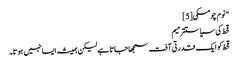
"نوم چومسکی[5]
قحط کی سیاستترمیم
قحط کو ایک قدرتی آفت سمجھا جاتا ہے لیکن ہمیشہ ایسا نہیں ہوتا۔